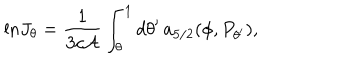
LaTeX: { \ln } J _ { \theta } = { \frac { 1 } { 3 c { \cal A } } } \int _ { \theta } ^ { 1 } d \theta ^ { \prime } \, a _ { 5 / 2 } ( \phi , P _ { \theta ^ { \prime } } ) ,